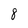
Character: 8